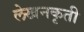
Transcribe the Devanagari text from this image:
लेखनकृती